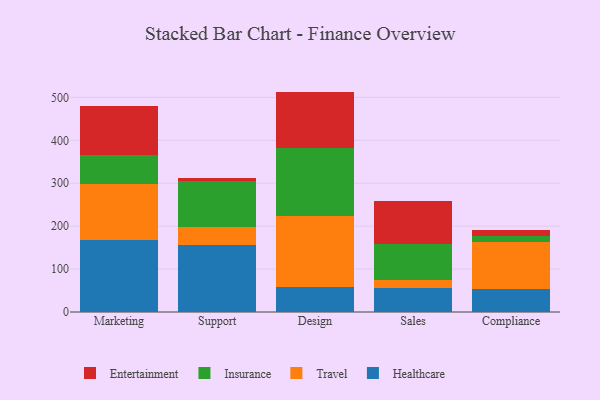
{"axis": {"x": "Department", "y": "Active Users"}, "legend": ["Entertainment", "Healthcare", "Insurance", "Travel"], "data": [{"x": "Marketing", "y": 168.6, "type": "Healthcare"}, {"x": "Marketing", "y": 129.1, "type": "Travel"}, {"x": "Marketing", "y": 67.9, "type": "Insurance"}, {"x": "Marketing", "y": 114.3, "type": "Entertainment"}, {"x": "Support", "y": 155.1, "type": "Healthcare"}, {"x": "Support", "y": 42.4, "type": "Travel"}, {"x": "Support", "y": 108.4, "type": "Insurance"}, {"x": "Support", "y": 5.2, "type": "Entertainment"}, {"x": "Design", "y": 58.7, "type": "Healthcare"}, {"x": "Design", "y": 165.5, "type": "Travel"}, {"x": "Design", "y": 157.9, "type": "Insurance"}, {"x": "Design", "y": 131.4, "type": "Entertainment"}, {"x": "Sales", "y": 55.8, "type": "Healthcare"}, {"x": "Sales", "y": 19.9, "type": "Travel"}, {"x": "Sales", "y": 83.6, "type": "Insurance"}, {"x": "Sales", "y": 99.0, "type": "Entertainment"}, {"x": "Compliance", "y": 52.8, "type": "Healthcare"}, {"x": "Compliance", "y": 109.4, "type": "Travel"}, {"x": "Compliance", "y": 15.8, "type": "Insurance"}, {"x": "Compliance", "y": 13.0, "type": "Entertainment"}]}